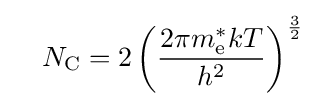
\quad N_{\text{C}}=2\left({\frac {2\pi m_{\text{e}}^{*}kT}{h^{2}}}\right)^{\frac {3}{2}}